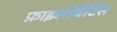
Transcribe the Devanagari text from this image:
फ़ाइलोबेटिस